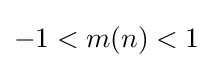
-1<m(n)<1